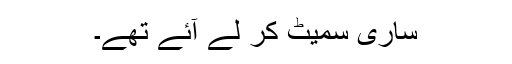
ساری سمیٹ کر لے آئے تھے۔